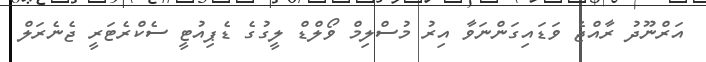
އަރްނޫދު ރާއްޖެ ވަޑައިގަންނަވާ އިރު މުސްލިމް ވޯލްޑް ލީގުގެ ޑެޕިއުޓީ ސެކްރެޓަރީ ޖެނެރަލް